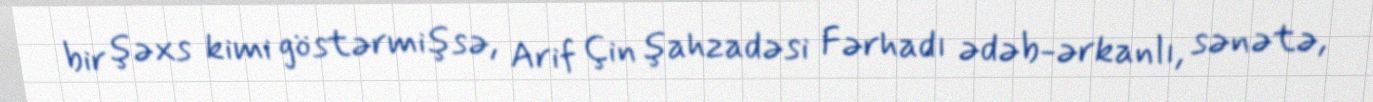
bir şəxs kimi göstərmişsə, Arif Çin şahzadəsi Fərhadı ədəb-ərkanlı, sənətə,